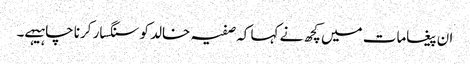
ان پیغامات میں کچھ نے کہا کہ صفیہ خالد کو سنگسار کرنا چاہیہے۔